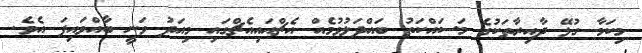
މިކަމާ ގުޅޭ ދާއިރާތަކުގެ މަސައްކަތު ބައްދަލުވުމެއް އެޗްއައިއެޗްގައި މިއަދު ވަނީ ބާއްވައިފަ އެވެ.